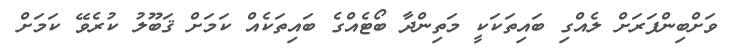
ވަށްބިންފަރަށް ލެއްގި ބައިތަކަކީ މަތިންދާ ބޯޓެއްގެ ބައިތަކެއް ކަމަށް ޤަބޫލު ކުރެވޭ ކަމަށް